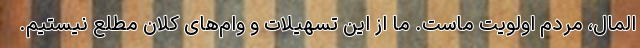
المال، مردم اولویت ماست. ما از این تسهیلات و وام‌های کلان مطلع نیستیم.